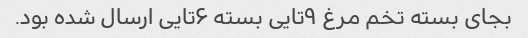
بجای بسته تخم مرغ ۹تایی بسته ۶تایی ارسال شده بود.